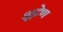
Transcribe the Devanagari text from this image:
शूद्रेण